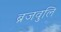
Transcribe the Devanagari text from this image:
ब्रजवुलि